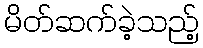
မိတ်ဆက်ခဲ့သည့်